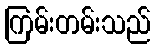
ကြမ်းတမ်းသည်